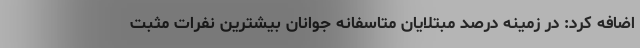
اضافه کرد: در زمینه درصد مبتلایان متاسفانه جوانان بیشترین نفرات مثبت